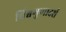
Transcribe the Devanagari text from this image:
विश्वगुणादर्श